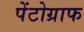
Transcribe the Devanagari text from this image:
पेंटोग्राफ